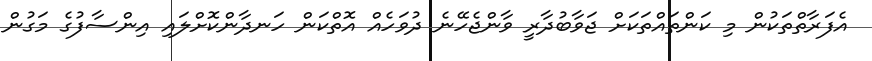
އެފަރާތްތަކުން މި ކަންތައްތަކަށް ޖަވާބުދާރީ ވާންޖެހޭނެ ދުވަހެއް އޮތްކަން ހަނދާންކޮށްލައި އިންސާފުގެ މަގުން